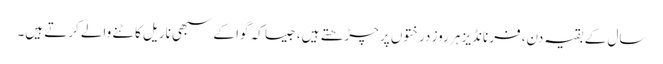
سال کے بقیہ دن، فرنانڈیز ہر روز درختوں پر چڑھتے ہیں، جیسا کہ گوا کے سبھی ناریل کاٹنے والے کرتے ہیں۔